Civil Veterinary Dept. North-West Frontier Province 1933-46 - 1933-1946
Year: 1933
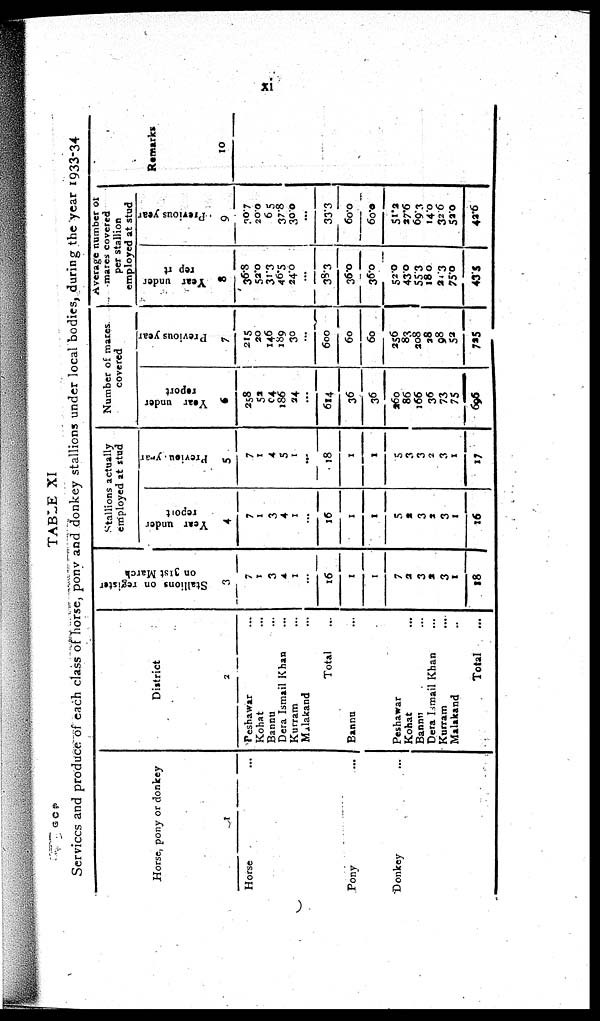
xi
TABLE XI
Services and produce of each class of horse, pony and donkey stallions under local bodies, during the year 1933-34
Horse, pony or donkey
Horse ...
Pony ...
Donkey ...
District
2
Peshawar ...
Kohat ...
Bannu ...
Dera Ismail Khan ...
Kurram ...
Malakand ...
Total ...
Banna ...
Peshawar ...
Kohat ...
Bannu ...
Dera Ismail Khan ...
Kurram ...
Malakand ...
Total ...
Stallions on register
on 31st March
3
7
1
3
4
I
...
16
1
1
7
2
3
2
3
1
18
Stallions actually
employed at stud
Year under
report
4
7
1
3
4
1
...
16
1
1
5
2
3
3
3
1
16
Previou year
5
7
1
4
5
1
...
18
1
1
5
3
3
2
3
1
17
Number of mares
covered
Year under
report
6
258
52
94
186
24
...
614
36
36
260
86
166
36
73
75
696
Previous year
7
215
20
146
189
30
...
600
60
60
256
83
208
28
98
52
725
Average number or
mares covered
per stallion
employed at stud
Year under
report
8
36.8
52.0
31.3
46.5
24.0
...
38.3
36.0
36.0
52.0
43.0
55.3
18.0
20.3
75.0
43.5
Previous year
9
30.7
20.0
65
37.8
30.0
...
33.3
60.0
60.0
51.2
27.6
69.3
14.0
32.6
52.0
42.6
Remarks
10